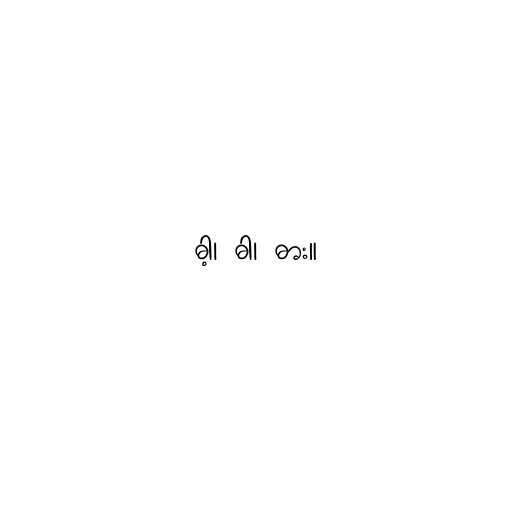
ဓါ့၊ ဓါ၊ ဓား။